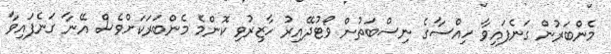
މެންބަރުން ގަނެފައިވާ ހިއްސާގެ ނިސްބަތުން ވޯޓުދޭއިރު ހާޒިރުވި ކޮންމެ މެންބަރަކަށްވެސް އޭނާ ގަނެފައިވާ